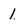
Character: 1